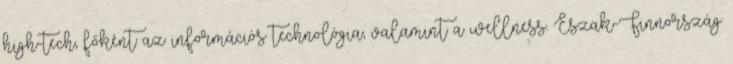
high-tech, főként az információs technológia, valamint a wellness. Észak-Finnország